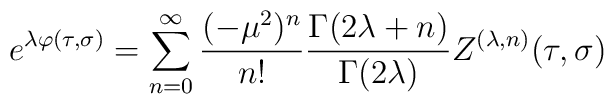
e^{\lambda\varphi(\tau,\sigma)} = \sum^\infty_{n=0} \frac{(-\mu^2)^n}{n!}\frac{\Gamma(2\lambda + n)}{\Gamma(2\lambda)}Z^{(\lambda,n)}(\tau,\sigma)